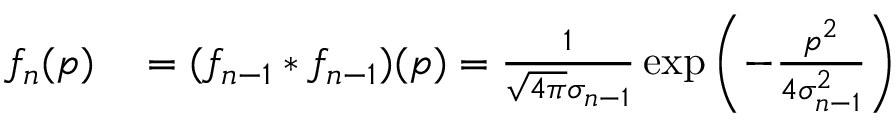
\begin{array} { r l } { f _ { n } ( p ) } & { { } = ( f _ { n - 1 } * f _ { n - 1 } ) ( p ) = \frac { 1 } { \sqrt { 4 \pi } \sigma _ { n - 1 } } \exp \left( - \frac { p ^ { 2 } } { 4 \sigma _ { n - 1 } ^ { 2 } } \right) } \end{array}